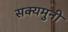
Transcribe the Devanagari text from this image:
सक्यमुनी